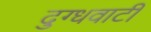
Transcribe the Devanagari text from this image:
दुग्धवाटी